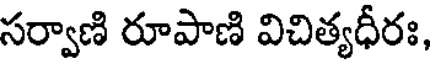
సర్వాణి రూపాణి విచిత్యధీరః,